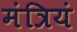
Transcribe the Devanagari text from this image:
मंत्रियं